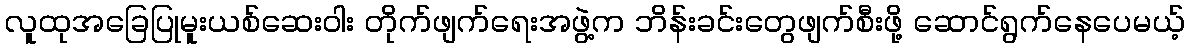
လူထုအခြေပြုမူးယစ်ဆေးဝါး တိုက်ဖျက်ရေးအဖွဲ့က ဘိန်းခင်းတွေဖျက်စီးဖို့ ဆောင်ရွက်နေပေမယ့်